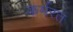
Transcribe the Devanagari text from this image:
कर्मरत